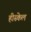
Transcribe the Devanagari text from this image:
हीस्केल